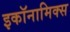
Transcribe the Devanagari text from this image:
इकॉनामिक्स